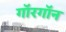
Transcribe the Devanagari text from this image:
गॉरगॉन